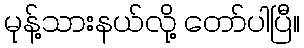
မုန့်သားနယ်လို့ တော်ပါပြီ။